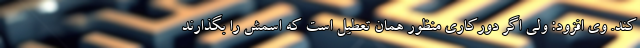
کند. وی افزود: ولی اگر دورکاری منظور همان تعطیل است که اسمش را بگذارند